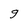
Character: g